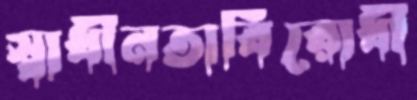
স্বাধীনতাবিরোধী